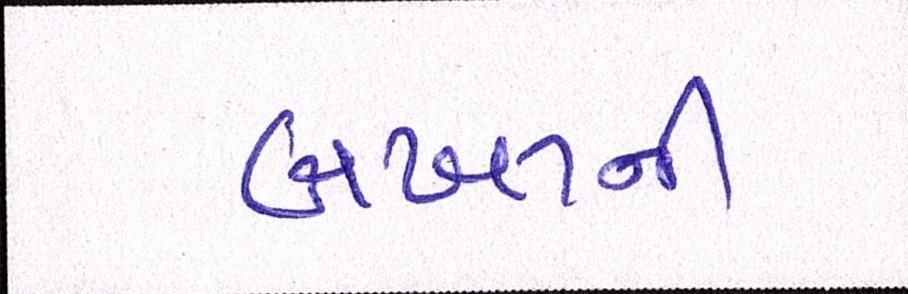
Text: બખ્તની